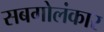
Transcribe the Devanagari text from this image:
सबगोलंकार